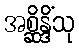
အစ္ဆိန္ဒိံသု